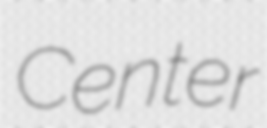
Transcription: Center